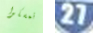
تمسكوا 27